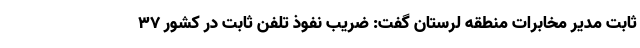
ثابت مدیر مخابرات منطقه لرستان گفت: ضریب نفوذ تلفن ثابت در کشور ۳۷